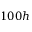
1 0 0 h